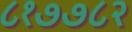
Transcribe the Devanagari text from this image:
८१७७८२